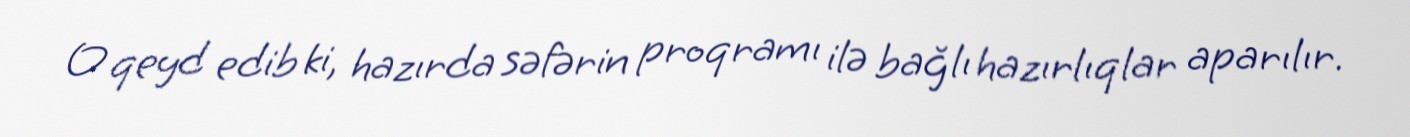
O qeyd edib ki, hazırda səfərin proqramı ilə bağlı hazırlıqlar aparılır.